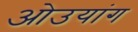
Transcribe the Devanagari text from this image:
ओउयांग